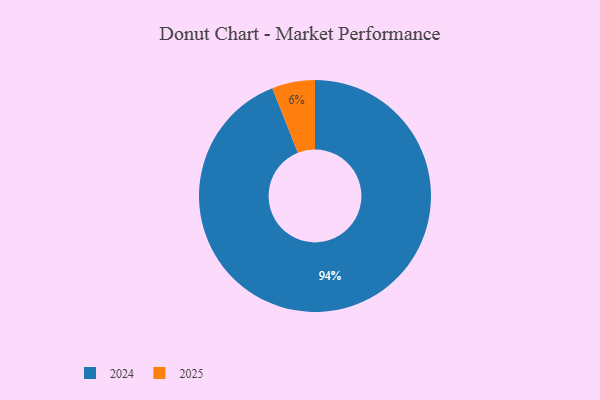
{"axis": {"x": "Category", "y": "Percentage"}, "legend": ["2024", "2025"], "data": [{"x": "2024", "y": 94, "type": "2024"}, {"x": "2025", "y": 6, "type": "2025"}]}